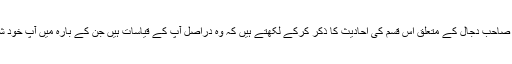
مگر مودودی صاحب دجال کے متعلق اس قسم کی احادیث کا ذکر کرکے لکھتے ہیں کہ وہ دراصل آپ کے قیاسات ہیں جن کے بارہ میں آپ خود شک میں تھے۔